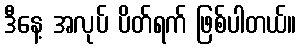
ဒီနေ့ အလုပ် ပိတ်ရက် ဖြစ်ပါတယ်။